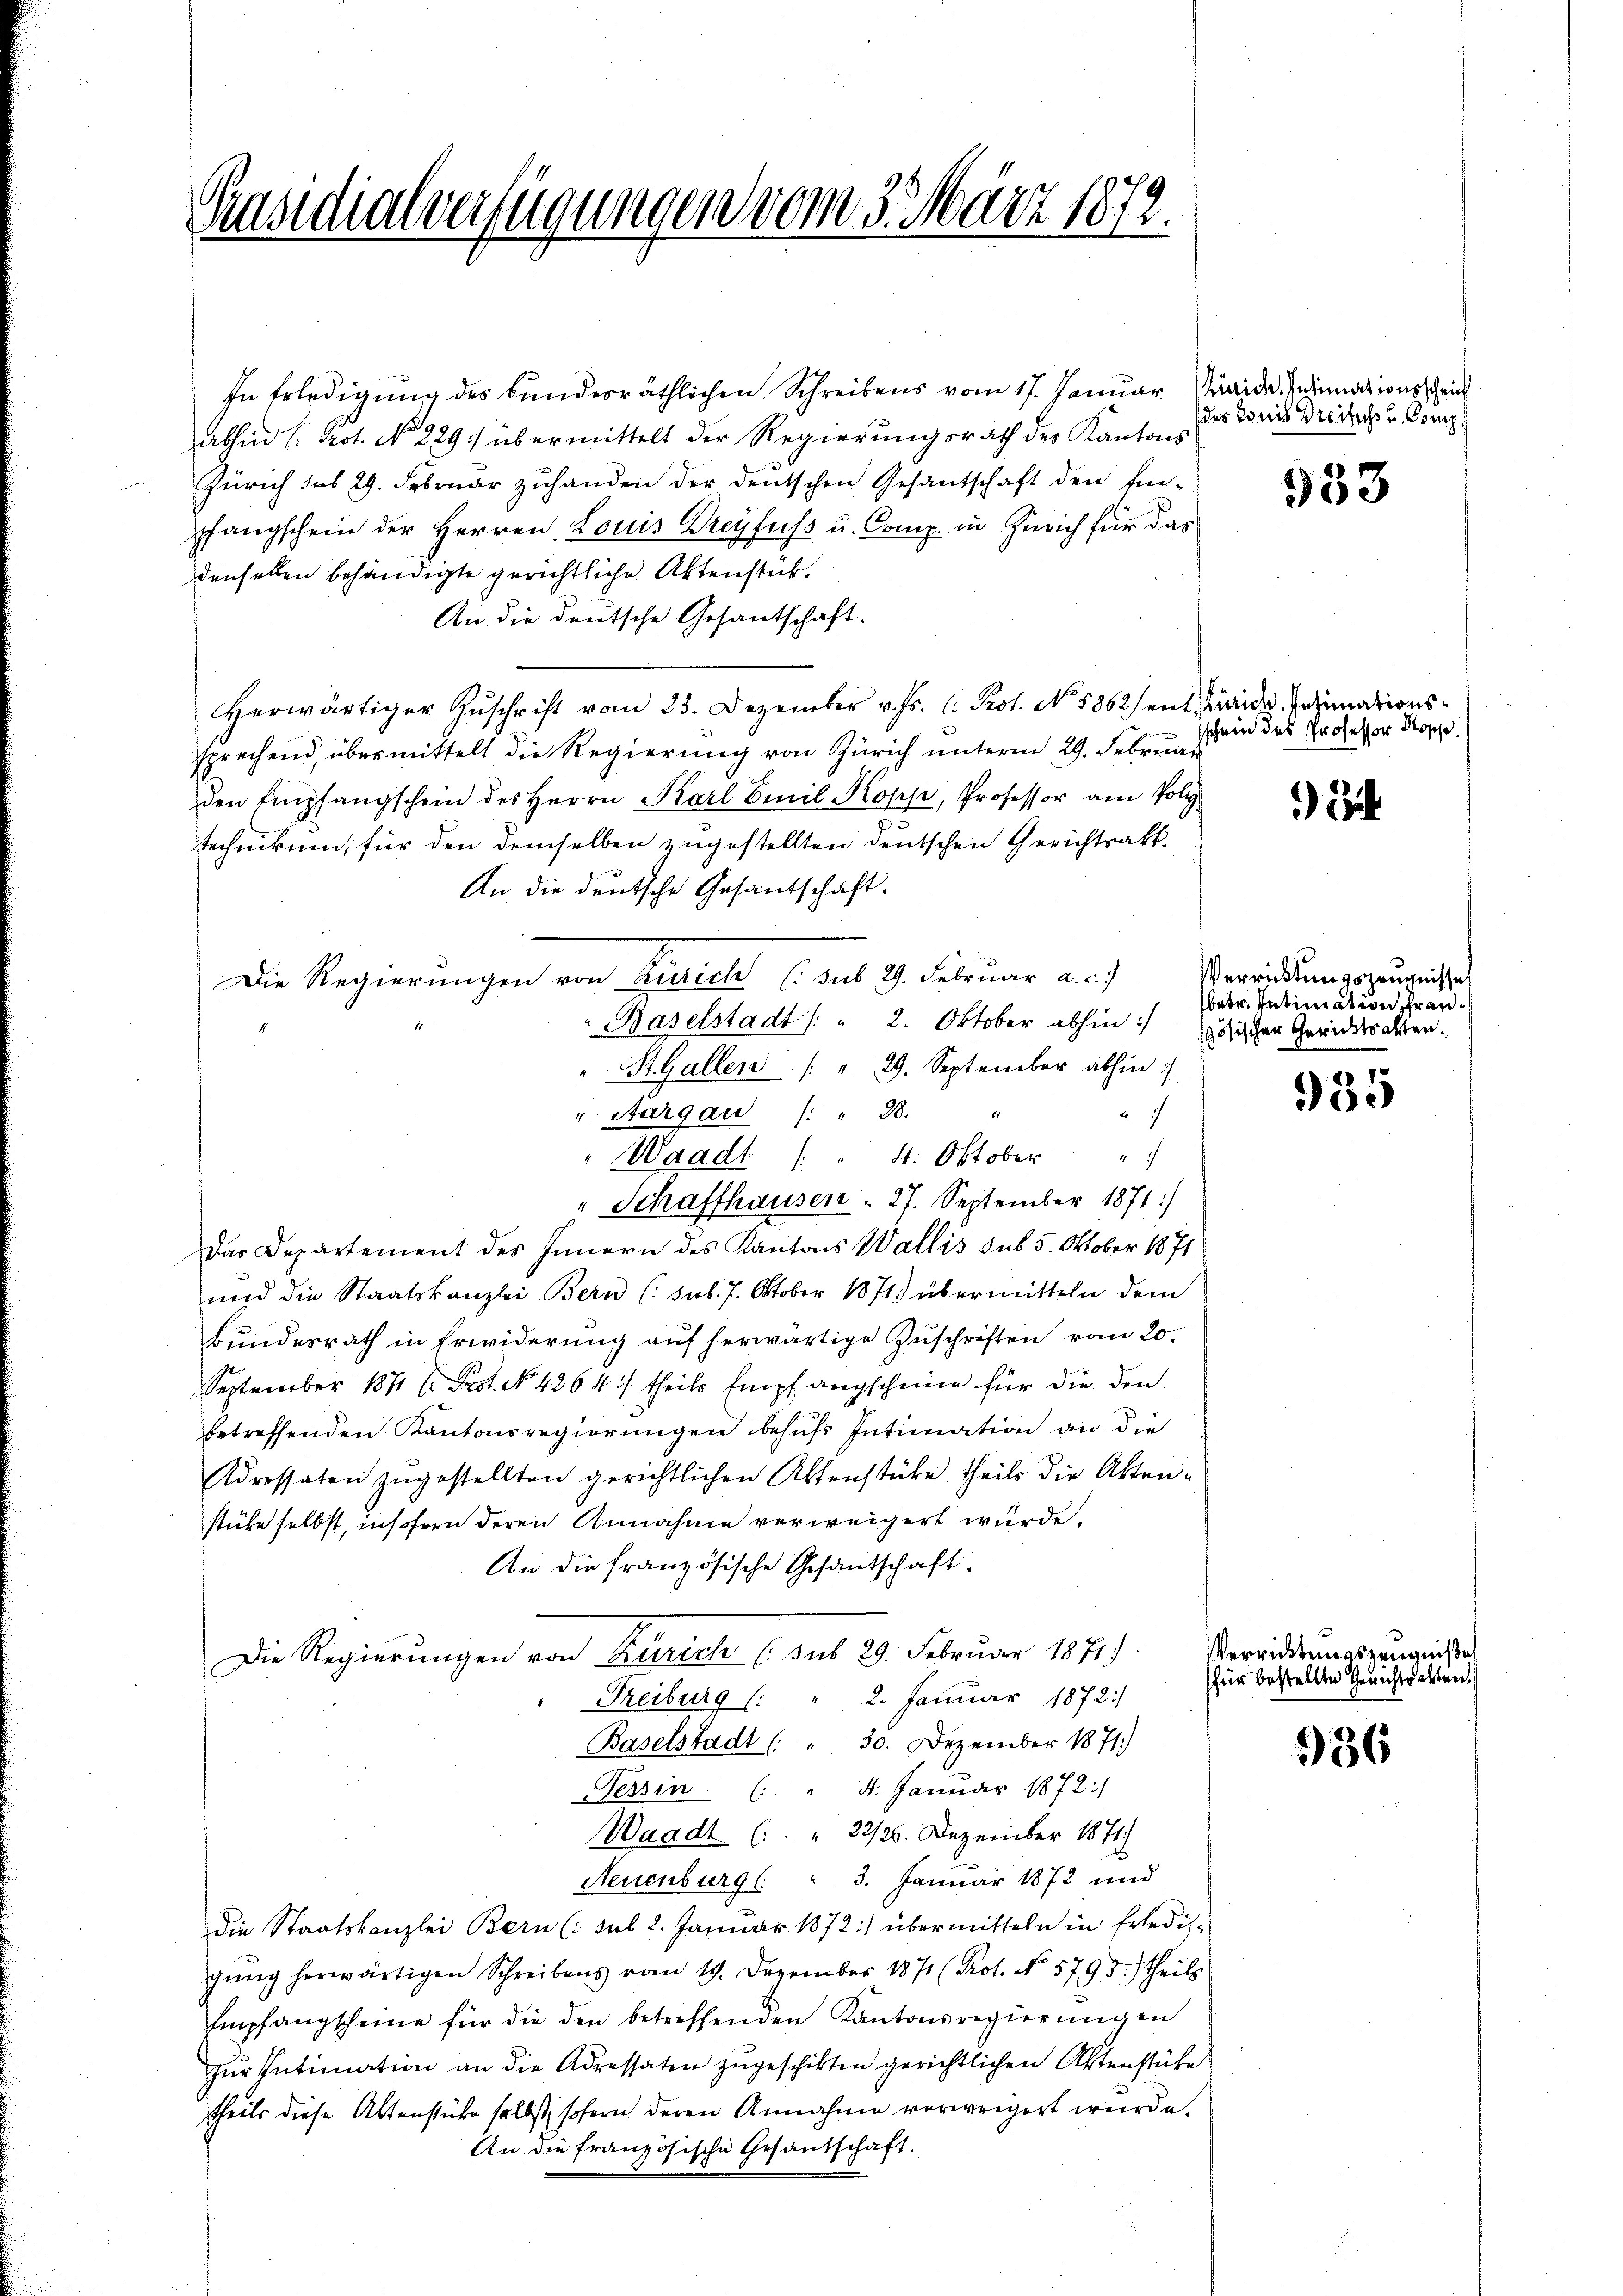
Präsidialverfügungen vom 3. März 1872.

In Erledigung des bundesräthlichen Schreibens vom 17. Januar Mad. Heimationsschein
abhin 1. Prot. No. 229./ übermittelt der Regierungsrath des Kantons
Zürich sub 29. Februar zuhanden der deutschen Gesantschaft den Ein-
pfangschein der Herren Louis Dreyfuss u. Comp. in Zürich für das
denselben behändigte gerichtliche Aktenstück.
An die deutsche Gesantschaft.
Herwärtiger Zŭschrift vom 23. Dezember v. Js. l. Prot. No. 5862) ent-Bride, Insinationssprechend, übermittelt die Regierung von Zürich unteren 29. Februar
den Empfangschein des Herrn Karl Emil Kopp, Professor am Poliz
technikum, für den demselben zugestellten deutschen Gerichtsakt¬
An die deutsche Gesantschaft.
Die Regierungen von Zürich (sub. 29. Febrŭar a. c.) Verrichtŭngszeugnisse
Baselstadt ( " 2. Oktober abhin :/ össischer Gerichtsalten.
St. Gallen (: " 29. September abhin
v. Aargau ( " 28.
2
Waadt ( " 4. Oktober "
" Schaffhausen . 27. September 1871:
Das Departement des Innern des Kantons Wallis sub 5. Oktober 1871
und die Staatskanzlei Bern (: sub. 7. Oktober 1871) übermitteln dem
Bundesrath in Erwiderung auf herwärtige Zuschriften vom 20.
September 1871 l. Prot. No. 4264) theils Empfangscheine für die den
betreffenden Kantonsregierungen behufs Intimation an die
Adressaten zugestellten gerichtlichen Aktenstücke theils die Aktenstüke selbst, insofern deren Annahme verweigert wurde.
An die französische Gesantschaft.
Die Regierungen von Zürich C. sub 29. Februar 1881)
Freiburg (: " 2. Januar 1872:
Baselstadt ( " 30. Dezember 1871.)
Tessin (: " 4. Januar 1872:
Waadt ( " 22/26. Dezember 1871.
Neuenburg (: " 3. Januar 1872 und
die Staatskanzlei Bern (: sub 2. Januar 1872) übermitteln in Erledig-
gŭng herwärtigen Schreibens vom 19. Dezember 1871 (Prot. No 5795) theils
Empfangscheine für die den betreffenden Kantonsregierŭngen
zŭr Intimation an die Adressaten zŭgeschikten gerichtlichen Aktenstücke
theils diese Aktenstücke selbst, sofern deren Annahme verweigert wurde.
An die französische Gesandschaft.

des Tonis Dreits u. Comp

933

sschein des Professor Koppe

)

betr. Intimation fran¬

935

Verrichtungszeugniße
für bestellen Gerichtsalten.

936